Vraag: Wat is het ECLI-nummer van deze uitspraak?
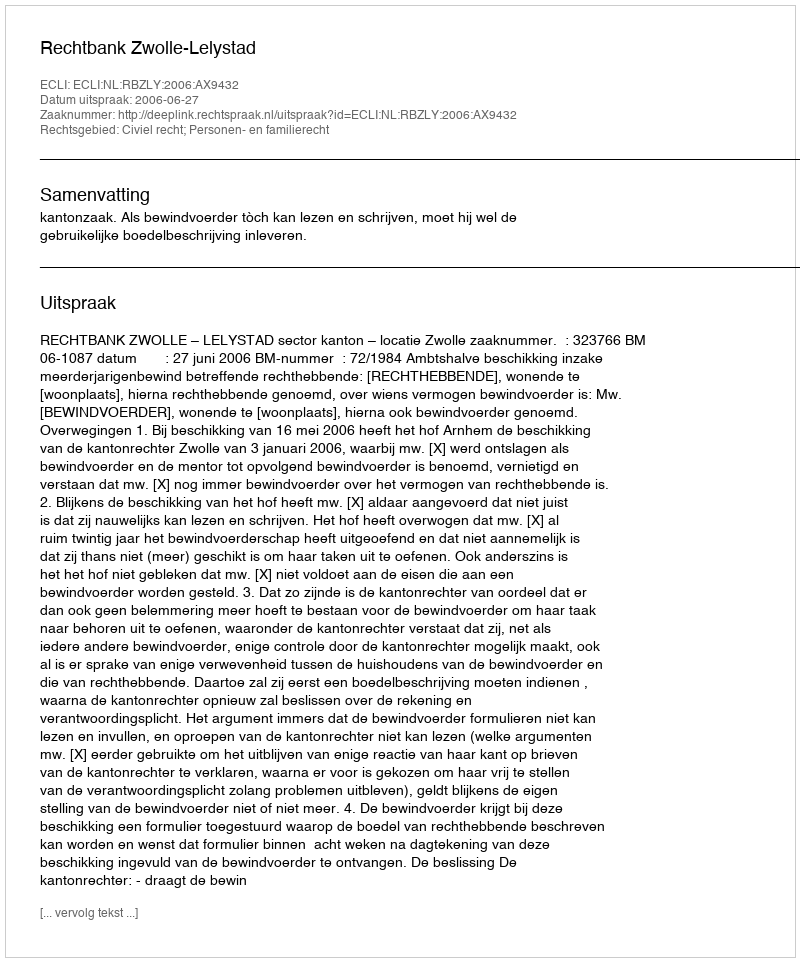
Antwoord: ECLI:NL:RBZLY:2006:AX9432